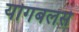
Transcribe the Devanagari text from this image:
योगबलसे